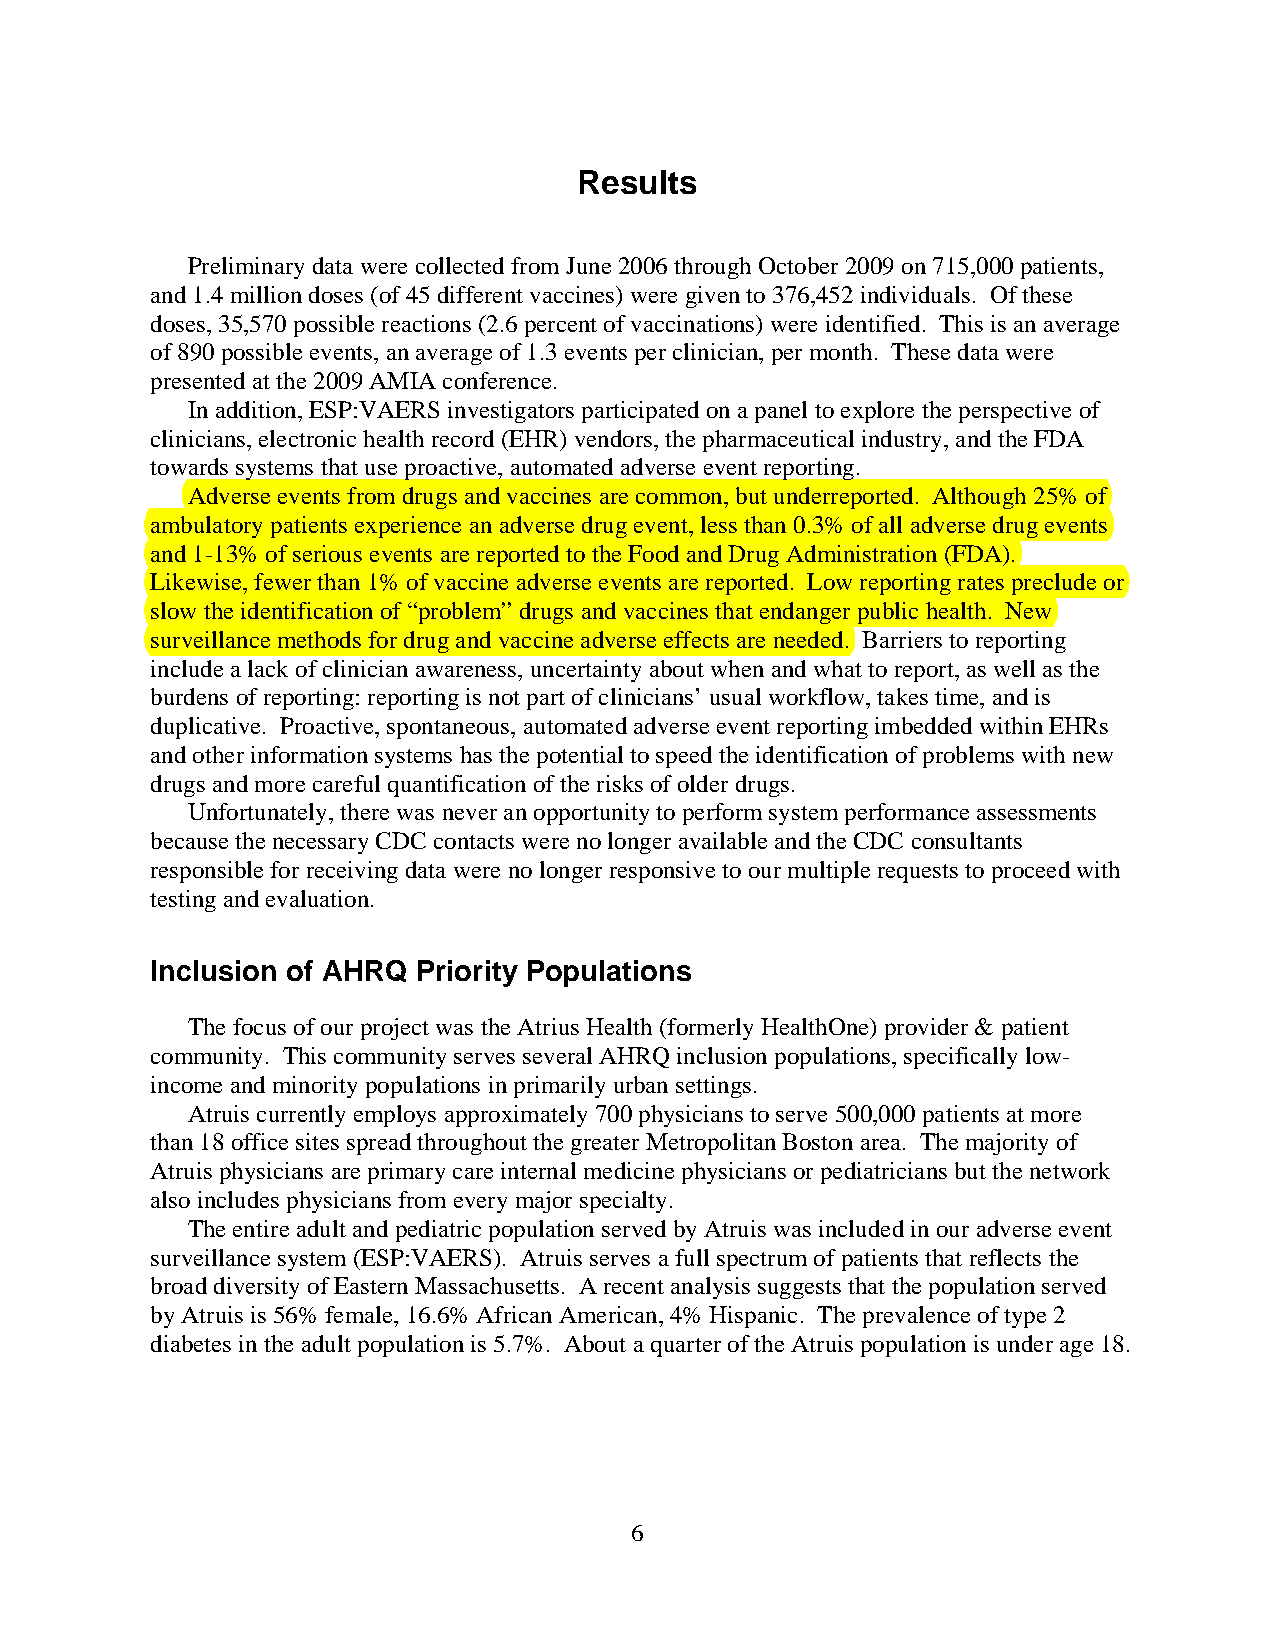
Results
 Preliminary data were collected from June 2006 through October 2009 on 715,000 patients,
 and 1.4 million doses (of 45 different vaccines) were given to 376,452 individuals. Of these
 doses, 35,570 possible reactions (2.6 percent of vaccinations) were identified. This is an average
 of 890 possible events, an average of 1.3 events per clinician, per month. These data were
 presented at the 2009 AMIA conference.
 In addition, ESP:VAERS investigators participated on a panel to explore the perspective of
 clinicians, electronic health record (EHR) vendors, the pharmaceutical industry, and the FDA
 towards systems that use proactive, automated adverse event reporting.
 Adverse events from drugs and vaccines are common, but underreported. Although 25% of
 ambulatory patients experience an adverse drug event, less than 0.3% of all adverse drug events
 and 1-13% of serious events are reported to the Food and Drug Administration (FDA).
 Likewise, fewer than 1% of vaccine adverse events are reported. Low reporting rates preclude or
 slow the identification of “problem” drugs and vaccines that endanger public health. New
 surveillance methods for drug and vaccine adverse effects are needed. Barriers to reporting
 include a lack of clinician awareness, uncertainty about when and what to report, as well as the
 burdens of reporting: reporting is not part of clinicians’ usual workflow, takes time, and is
 duplicative. Proactive, spontaneous, automated adverse event reporting imbedded within EHRs
 and other information systems has the potential to speed the identification of problems with new
 drugs and more careful quantification of the risks of older drugs.
 Unfortunately, there was never an opportunity to perform system performance assessments
 because the necessary CDC contacts were no longer available and the CDC consultants
 responsible for receiving data were no longer responsive to our multiple requests to proceed with
 testing and evaluation.
 Inclusion of AHRQ Priority Populations
 The focus of our project was the Atrius Health (formerly HealthOne) provider & patient
 community. This community serves several AHRQ inclusion populations, specifically low-
 income and minority populations in primarily urban settings.
 Atruis currently employs approximately 700 physicians to serve 500,000 patients at more
 than 18 office sites spread throughout the greater Metropolitan Boston area. The majority of
 Atruis physicians are primary care internal medicine physicians or pediatricians but the network
 also includes physicians from every major specialty.
 The entire adult and pediatric population served by Atruis was included in our adverse event
 surveillance system (ESP:VAERS). Atruis serves a full spectrum of patients that reflects the
 broad diversity of Eastern Massachusetts. A recent analysis suggests that the population served
 by Atruis is 56% female, 16.6% African American, 4% Hispanic. The prevalence of type 2
 diabetes in the adult population is 5.7%. About a quarter of the Atruis population is under age 18.
 6